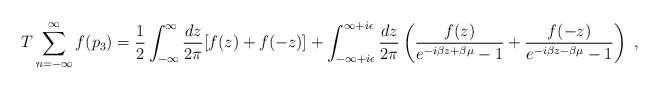
\begin{align*}T\sum^{\infty}_{n=-\infty}f(p_3)=\frac{1}{2}\int_{-\infty}^\infty \frac{dz}{2\pi}[f(z)+f(-z)]+\int_{-\infty+i\epsilon}^{\infty+i\epsilon}\frac{dz}{2\pi}\left(\frac{f(z)}{e^{-i\beta z+\beta\mu}-1}+\frac{f(-z)}{e^{-i\beta z-\beta\mu}-1}\right)\;,\end{align*}